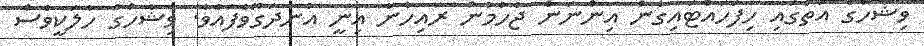
ވިޝާހްގެ އަތުގައި ހިފަހައްޓައިގެން އިންނަން ޖެހުމުން ރައިހާނާ އިނީ އުނދަގޫވެފައެވެ. ވިޝާހްގެ ހާލަކީވެސް